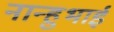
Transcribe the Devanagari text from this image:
नान्हुभाई